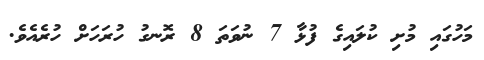
މަހުގައި މުށި ކުލައިގެ ފުޅާ 7 ނުވަތަ 8 ރޮނގު ހުރަހަށް ހުރެއެވެ.